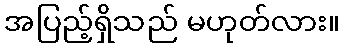
အပြည့်ရှိသည် မဟုတ်လား။